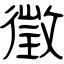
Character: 徵